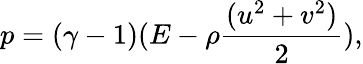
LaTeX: p=(\gamma-1)(E-\rho\frac{(u^{2}+v^{2})}{2}),